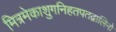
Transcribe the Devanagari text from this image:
मित्रमेकाशुगनिहतपतद्वालिनो